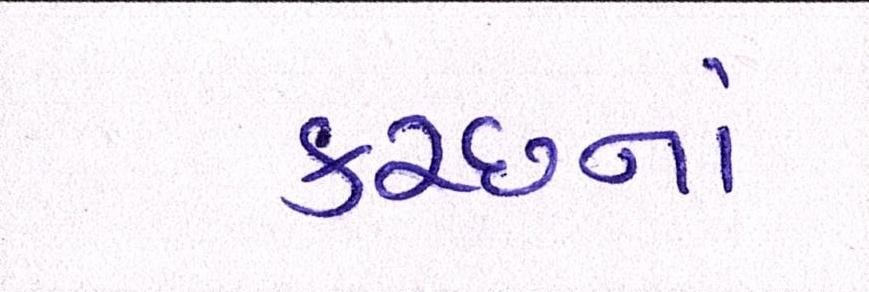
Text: કચ્છનાં